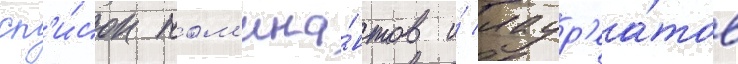
сп'и́сок ном'ина́нтов и́ лаур'еа́тов